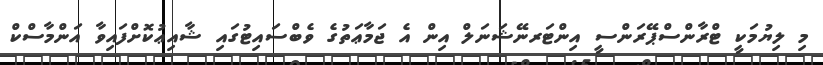
މި ލިޔުމަކީ ޓްރާންސްޕޭރަންސީ އިންޓަރނޭޝަނަލް އިން އެ ޖަމާޢަތުގެ ވެބްސައިޓުގައި ޝާއިޢުކޮށްފައިވާ އަންމާސްކް